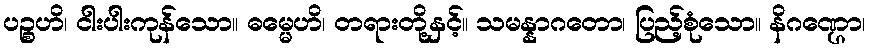
ပဉ္စဟိ၊ ငါးပါးကုန်သော။ ဓမ္မေဟိ၊ တရားတို့နှင့်။ သမန္နာဂတော၊ ပြည့်စုံသော။ နိဂဏ္ဌော၊